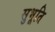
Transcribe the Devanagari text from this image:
सुभूति